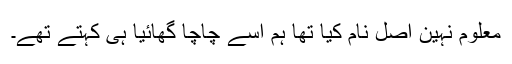
معلوم نہین اصل نام کیا تھا ہم اسے چاچا گھائیا ہی کہتے تھے۔